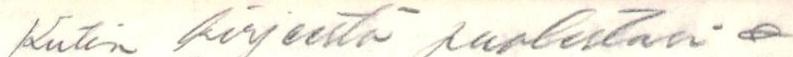
Kiiten kirjeestä puolestasi &